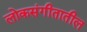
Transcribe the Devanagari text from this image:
लोकसंगीतातील